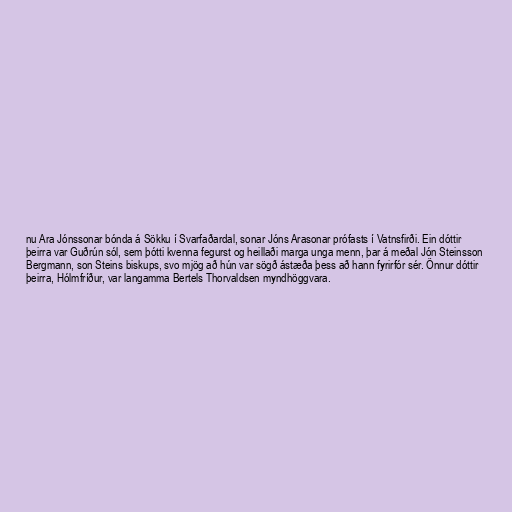
nu Ara Jónssonar bónda á Sökku í Svarfaðardal, sonar Jóns Arasonar prófasts í Vatnsfirði. Ein dóttir
þeirra var Guðrún sól, sem þótti kvenna fegurst og heillaði marga unga menn, þar á meðal Jón Steinsson
Bergmann, son Steins biskups, svo mjög að hún var sögð ástæða þess að hann fyrirfór sér. Önnur dóttir
þeirra, Hólmfríður, var langamma Bertels Thorvaldsen myndhöggvara.